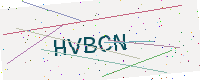
Text: HVBCN